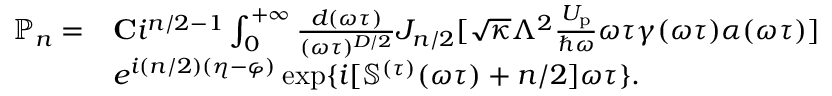
\begin{array} { r l } { \mathbb { P } _ { n } = } & { { \bf C } i ^ { n / 2 - 1 } \int _ { 0 } ^ { + \infty } \frac { d ( \omega \tau ) } { ( \omega \tau ) ^ { D / 2 } } J _ { n / 2 } [ \sqrt { \kappa } \Lambda ^ { 2 } \frac { U _ { \mathrm { p } } } { \hbar \omega } \omega \tau \gamma ( \omega \tau ) \alpha ( \omega \tau ) ] } \\ & { e ^ { i ( n / 2 ) ( \eta - \varphi ) } \exp \{ i [ \mathbb { S } ^ { ( \tau ) } ( \omega \tau ) + n / 2 ] \omega \tau \} . } \end{array}